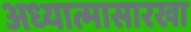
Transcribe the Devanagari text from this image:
अध्यात्मासारखा